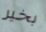
بخير